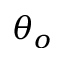
\theta _ { o }